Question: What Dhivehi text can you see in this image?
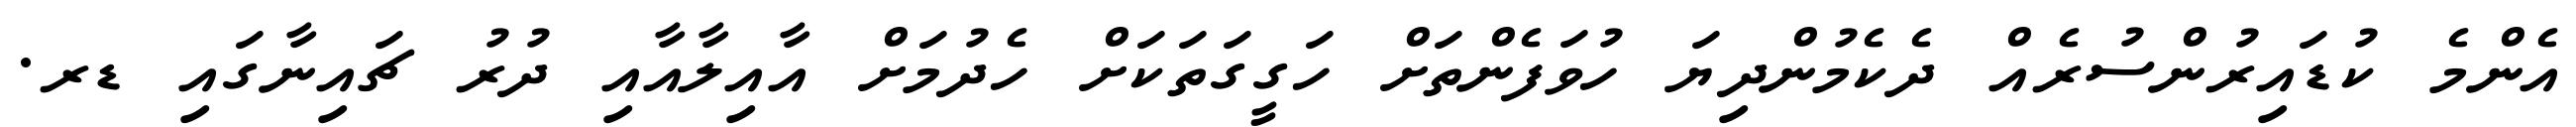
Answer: އެންމެ ކުޑައިރުންސުރެއް ދެކެމުންދިޔަ ހުވަފެންތަށް ހަގީގަތަކަށް ހެދުމަށް އާއިލާއާއި ދުރު ޗައިނާގައި ޑރ.